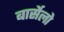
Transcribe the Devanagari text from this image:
बार्सेलो